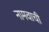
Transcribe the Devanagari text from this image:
नामवाची